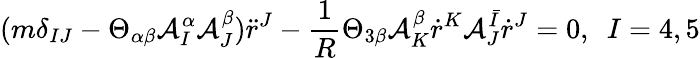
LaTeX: (m\delta_{IJ}-\Theta_{\alpha\beta}\mathcal{A}_{I}^{\alpha}\mathcal{A}_{J}^{\beta})\ddot{r}^{J}-\frac{1}{R}\Theta_{3\beta}\mathcal{A}_{K}^{\beta}\dot{r}^{K}\mathcal{A}_{J}^{\bar{I}}\dot{r}^{J}=0,\ \ I=4,5